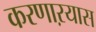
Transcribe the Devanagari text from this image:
करणाऱयास